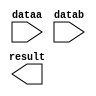
// megafunction wizard: %LPM_MULT%VBB%
// GENERATION: STANDARD
// VERSION: WM1.0
// MODULE: lpm_mult 

// ============================================================
// Megafunction Name(s):
// 			lpm_mult
//
// Simulation Library Files(s):
// 			lpm
// ============================================================
// ************************************************************
// THIS IS A WIZARD-GENERATED FILE. DO NOT EDIT THIS FILE!
//
// 11.0 Build 157 04/27/2011 SJ Full Version
// ************************************************************

//Copyright (C) 1991-2011 Altera Corporation
//Your use of Altera Corporation's design tools, logic functions 
//and other software and tools, and its AMPP partner logic 
//functions, and any output files from any of the foregoing 
//(including device programming or simulation files), and any 
//associated documentation or information are expressly subject 
//to the terms and conditions of the Altera Program License 
//Subscription Agreement, Altera MegaCore Function License 
//Agreement, or other applicable license agreement, including, 
//without limitation, that your use is for the sole purpose of 
//programming logic devices manufactured by Altera and sold by 
//Altera or its authorized distributors.  Please refer to the 
//applicable agreement for further details.

module dxyscaleMult (
	dataa,
	datab,
	result);

	input	[35:0]  dataa;
	input	[35:0]  datab;
	output	[71:0]  result;

endmodule

// ============================================================
// CNX file retrieval info
// ============================================================
// Retrieval info: PRIVATE: AutoSizeResult NUMERIC "1"
// Retrieval info: PRIVATE: B_isConstant NUMERIC "0"
// Retrieval info: PRIVATE: ConstantB NUMERIC "0"
// Retrieval info: PRIVATE: INTENDED_DEVICE_FAMILY STRING "Stratix IV"
// Retrieval info: PRIVATE: LPM_PIPELINE NUMERIC "1"
// Retrieval info: PRIVATE: Latency NUMERIC "0"
// Retrieval info: PRIVATE: SYNTH_WRAPPER_GEN_POSTFIX STRING "0"
// Retrieval info: PRIVATE: SignedMult NUMERIC "0"
// Retrieval info: PRIVATE: USE_MULT NUMERIC "1"
// Retrieval info: PRIVATE: ValidConstant NUMERIC "0"
// Retrieval info: PRIVATE: WidthA NUMERIC "36"
// Retrieval info: PRIVATE: WidthB NUMERIC "36"
// Retrieval info: PRIVATE: WidthP NUMERIC "72"
// Retrieval info: PRIVATE: aclr NUMERIC "0"
// Retrieval info: PRIVATE: clken NUMERIC "0"
// Retrieval info: PRIVATE: new_diagram STRING "1"
// Retrieval info: PRIVATE: optimize NUMERIC "1"
// Retrieval info: LIBRARY: lpm lpm.lpm_components.all
// Retrieval info: CONSTANT: LPM_HINT STRING "MAXIMIZE_SPEED=9"
// Retrieval info: CONSTANT: LPM_REPRESENTATION STRING "UNSIGNED"
// Retrieval info: CONSTANT: LPM_TYPE STRING "LPM_MULT"
// Retrieval info: CONSTANT: LPM_WIDTHA NUMERIC "36"
// Retrieval info: CONSTANT: LPM_WIDTHB NUMERIC "36"
// Retrieval info: CONSTANT: LPM_WIDTHP NUMERIC "72"
// Retrieval info: USED_PORT: dataa 0 0 36 0 INPUT NODEFVAL "dataa[35..0]"
// Retrieval info: USED_PORT: datab 0 0 36 0 INPUT NODEFVAL "datab[35..0]"
// Retrieval info: USED_PORT: result 0 0 72 0 OUTPUT NODEFVAL "result[71..0]"
// Retrieval info: CONNECT: @dataa 0 0 36 0 dataa 0 0 36 0
// Retrieval info: CONNECT: @datab 0 0 36 0 datab 0 0 36 0
// Retrieval info: CONNECT: result 0 0 72 0 @result 0 0 72 0
// Retrieval info: GEN_FILE: TYPE_NORMAL dxyscaleMult.v TRUE
// Retrieval info: GEN_FILE: TYPE_NORMAL dxyscaleMult.inc FALSE
// Retrieval info: GEN_FILE: TYPE_NORMAL dxyscaleMult.cmp FALSE
// Retrieval info: GEN_FILE: TYPE_NORMAL dxyscaleMult.bsf FALSE
// Retrieval info: GEN_FILE: TYPE_NORMAL dxyscaleMult_inst.v FALSE
// Retrieval info: GEN_FILE: TYPE_NORMAL dxyscaleMult_bb.v TRUE
// Retrieval info: LIB_FILE: lpm